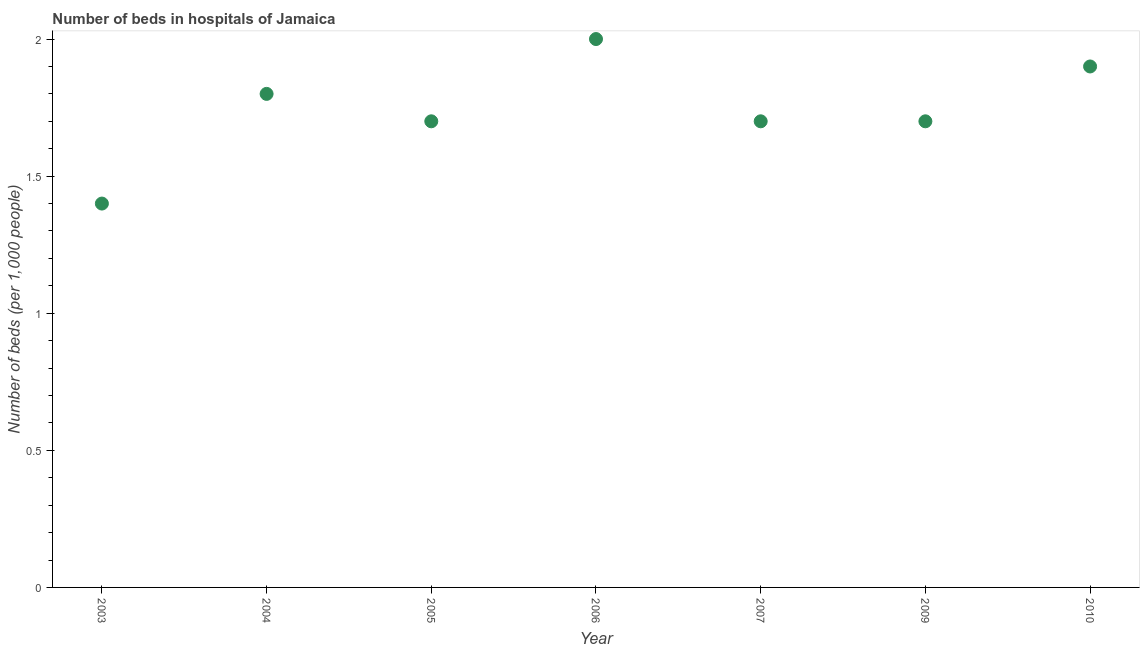
| Year | Hospital beds |
 | --- | --- |
 | 2003 | 1.4 |
 | 2004 | 1.8 |
 | 2005 | 1.7 |
 | 2006 | 2 |
 | 2007 | 1.7 |
 | 2009 | 1.7 |
 | 2010 | 1.9 |